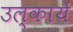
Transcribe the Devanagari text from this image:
उल्कायें